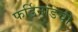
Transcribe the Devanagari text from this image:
फर्डिनांडची